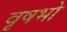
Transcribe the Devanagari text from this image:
वृषभो